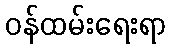
ဝန်ထမ်းရေးရာ